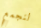
لنجمع